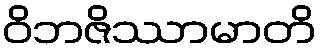
ဝိဘဇိဿာမာတိ